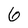
Character: 6